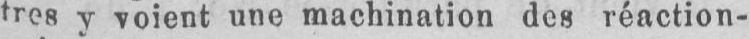
tres y voient une machination des réaction-